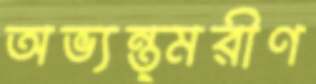
অভ্যন্ত্মরীণ